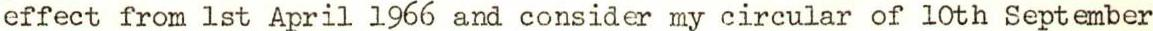
effect from 1st April 1966 and consider my circular of 10th September